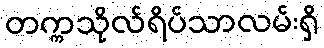
တက္ကသိုလ်ရိပ်သာလမ်းရှိ